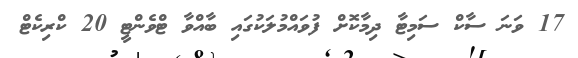
17 ވަނަ ސާކް ސަމިޓާ ދިމާކޮށް ފުވައްމުލަކުގައި ބާއްވާ ޓްވެންޓީ 20 ކްރިކެޓް